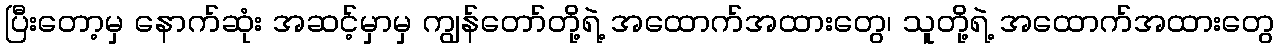
ပြီးတော့မှ နောက်ဆုံး အဆင့်မှာမှ ကျွန်တော်တို့ရဲ့ အထောက်အထားတွေ၊ သူတို့ရဲ့ အထောက်အထားတွေ